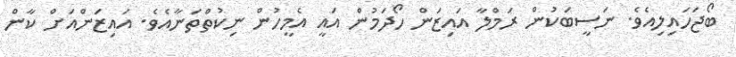
ބޯޖަހައިލިއެވެ. ނަސީބަކުން ރަމްލާ އައިޒަން ހޯދަމުން އައީ އެމީހުން ނިކުތްތަނާއެވެ. އައިޒަންއަށް ކާން